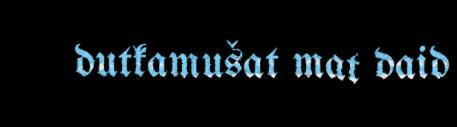
dutkamušat mat daid